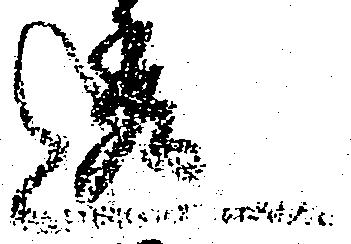
透